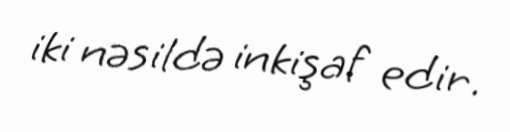
iki nəsildə inkişaf edir.